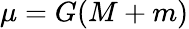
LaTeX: \mu=G(M+m)